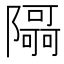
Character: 𮥯